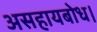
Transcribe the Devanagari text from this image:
असहायबोध।